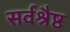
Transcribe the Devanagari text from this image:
सर्वश्रैष्ठ